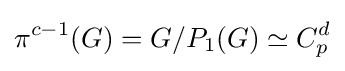
\pi ^{c-1}(G)=G/P_{1}(G)\simeq C_{p}^{d}